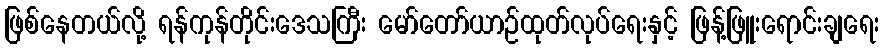
ဖြစ်နေတယ်လို့ ရန်ကုန်တိုင်းဒေသကြီး မော်တော်ယာဉ်ထုတ်လုပ်ရေးနှင့် ဖြန့်ဖြူးရောင်းချရေး